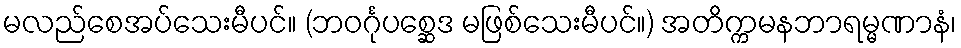
မလည်စေအပ်သေးမီပင်။ (ဘဝင်္ဂုပစ္ဆေဒ မဖြစ်သေးမီပင်။) အတိက္ကမနဘာရမ္မဏာနံ၊